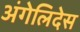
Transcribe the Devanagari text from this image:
अंगेलिदेस